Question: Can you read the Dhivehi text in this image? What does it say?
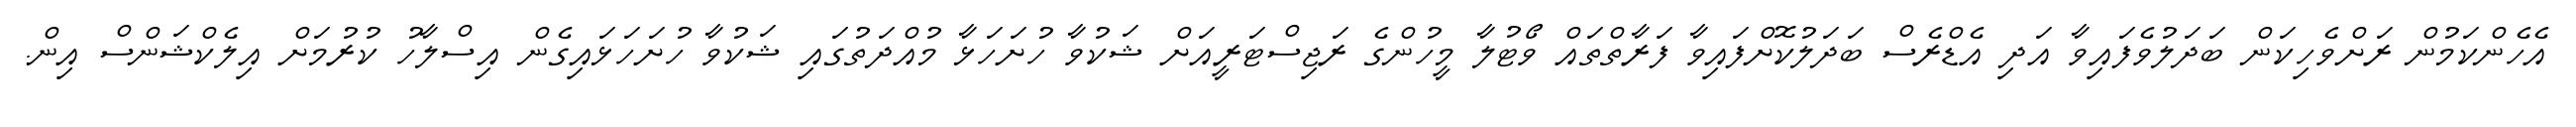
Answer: އެހެންކަމުން ރަށްވެހިކަން ބަދަލުވެފައިވާ އަދި އެޑްރެސް ބަދަލުކޮށްފައިވާ ފަރާތްތައް ވޯޓުލާ މީހުންގެ ރަޖިސްޓަރީއަށް ޝަކުވާ ހުށަހަޅާ މުއްދަތުގައި ޝަކުވާ ހުށަހަޅައިގެން އިސްލާހު ކުރުމަށް އިލެކްޝަންސް އިން.